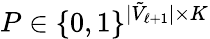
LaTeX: P\in\{ 0,1\} ^{|\tilde{V}_{\ell+1}|\times K}